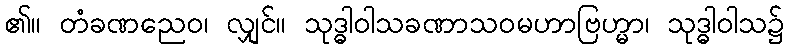
၏။ တံခဏညေဝ၊ လျှင်။ သုဒ္ဓါဝါသခဏာသဝမဟာဗြဟ္မာ၊ သုဒ္ဓါဝါသ၌